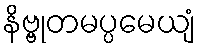
နိဗ္ဗုတမပ္ပမေယျံ